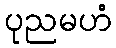
ပုညမဟံ